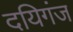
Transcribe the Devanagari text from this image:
दयिगंज